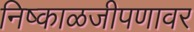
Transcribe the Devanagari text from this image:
निष्काळजीपणावर